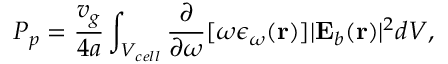
P _ { p } = \frac { v _ { g } } { 4 a } \int _ { V _ { c e l l } } \frac { \partial } { \partial \omega } [ \omega \epsilon _ { \omega } ( \mathbf { r } ) ] \vert \mathbf { E } _ { b } ( \mathbf { r } ) \vert ^ { 2 } d V ,